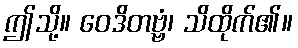
ဤသို့။ ဝေဒိတဗ္ဗံ၊ သိထိုက်၏။